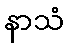
နာသံ